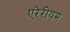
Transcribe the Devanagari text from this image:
एरेरीयम